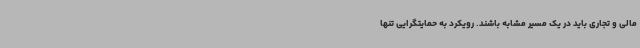
مالی و تجاری باید در یک مسیر مشابه باشند. رویکرد به حمایتگرایی تنها